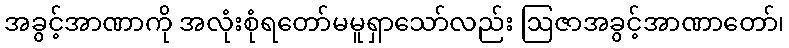
အခွင့်အာဏာကို အလုံးစုံရတော်မမူရှာသော်လည်း ဩဇာအခွင့်အာဏာတော်၊